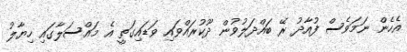
އެހެން ނަމަވެސް ފުއާދު ރޭ ބައްދަލުވުން ދޫކުރައްވައި ވަޑައިގަތީ އެ މައްސަލާގައި ހިޔާލު